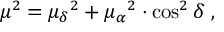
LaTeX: \mu ^ { 2 } = { \mu _ { \delta } } ^ { 2 } + { \mu _ { \alpha } } ^ { 2 } \cdot \cos ^ { 2 } \delta \ ,